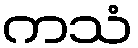
ကသံ